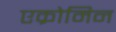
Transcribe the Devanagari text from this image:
एक्रोमिन